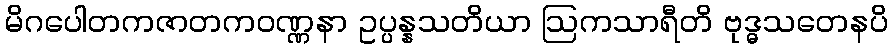
မိဂပေါတကဇာတကဝဏ္ဏနာ ဥပ္ပန္နသတိယာ ဩကသာရီတိ ဗုဒ္ဓသတေနပိ